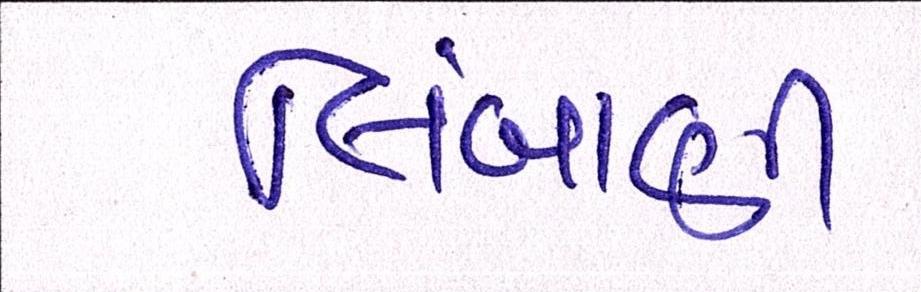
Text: લિંબાણી